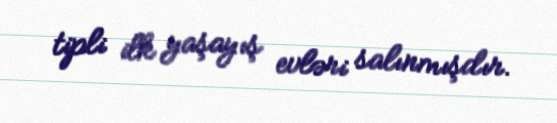
tipli ilk yaşayış evləri salınmışdır.